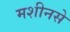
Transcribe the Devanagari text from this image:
मशीनसे